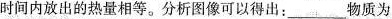
时间内放出的热量相等。分析图像可以得出：___物质为